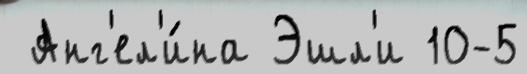
 Анг'ел'и́на Эшл'и 10-5